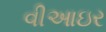
વીઆઇર